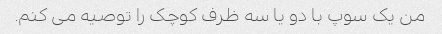
من یک سوپ با دو یا سه ظرف کوچک را توصیه می کنم.